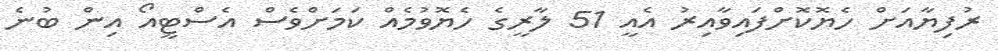
ރުފިޔާއަށް ހެޔޮކޮށްފައިވާއިރު އެއީ 51 ލާރީގެ ހެޔޮވުމެއް ކަމަށްވެސް އެސްޓީއޯ އިން ބުނެ